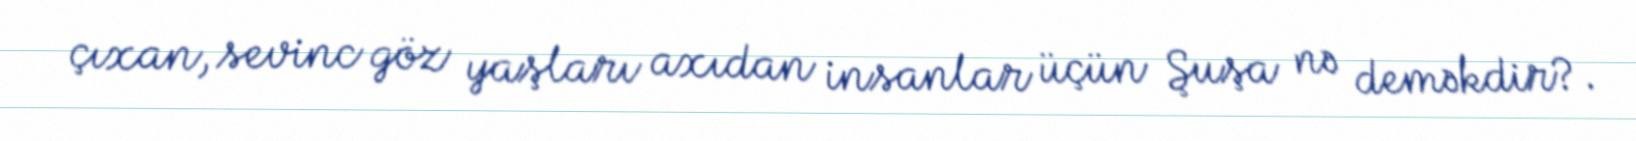
çıxan, sevinc göz yaşları axıdan insanlar üçün Şuşa nə deməkdir?.